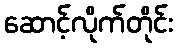
ဆောင့်လိုက်တိုင်း